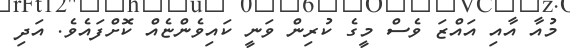
މުއާ އާއި އައްޒަ ވެސް މީގެ ކުރިން ވަނީ ކައިވެންޏެއް ކޮށްފައެވެ. އަދި